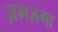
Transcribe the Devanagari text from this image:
ज़मज़मा